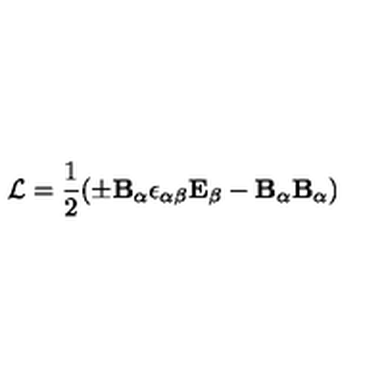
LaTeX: { \cal L } = { \frac { 1 } { 2 } } { ( { \pm \bf B _ { \alpha } } { \epsilon _ { { \alpha } { \beta } } } { \bf E _ { \beta } } - { \bf B } _ { \alpha } { \bf B } _ { \alpha } ) }